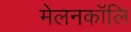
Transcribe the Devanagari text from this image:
मेलनकॉलि